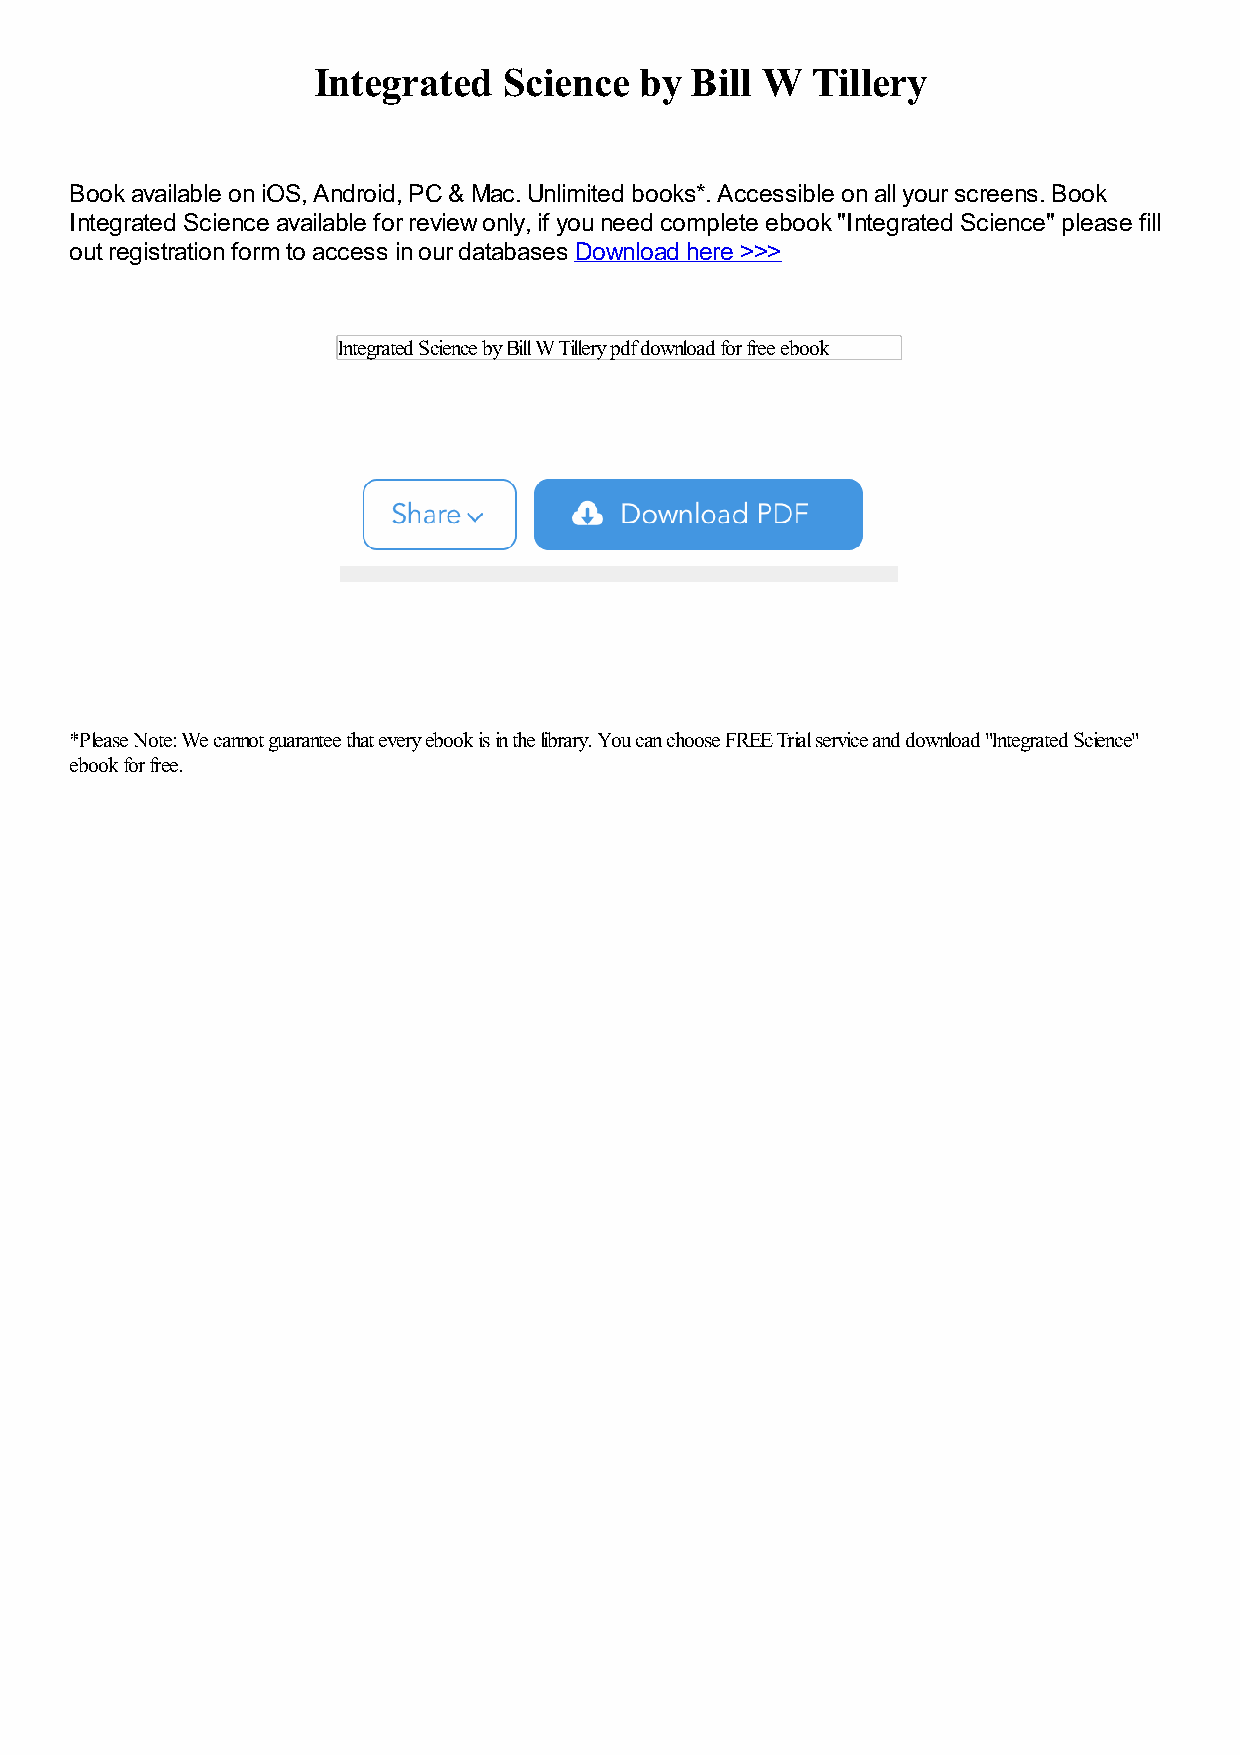
Integrated  Science  by  Bill W  Tillery
 Book available on iOS, Android, PC & Mac. Unlimited books*. Accessible on all your screens. Book
 Integrated Science available for review only, if you need complete ebook "Integrated Science" please fill
 out registration form to access in our databases Download here >>>
 Integrated Science by Bill W Tillery pdf download for free ebook
 *Please Note: We cannot guarantee that every ebook is in the library. You can choose FREE Trial service and download "Integrated Science"
 ebook for free.